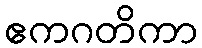
ဧကဂတိကာ